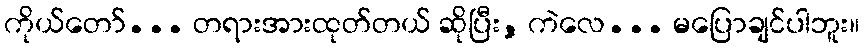
ကိုယ်တော်... တရားအားထုတ်တယ် ဆိုပြီး, ကဲလေ... မပြောချင်ပါဘူး။